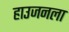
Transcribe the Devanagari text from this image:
हाउजनला